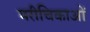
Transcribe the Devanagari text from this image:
मरीचिकाओं